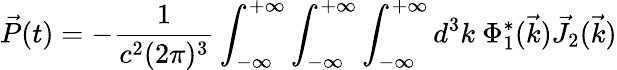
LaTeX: \vec{P}(t)=-\frac{1}{c^{2}(2\pi)^{3}}\int_{-\infty}^{+\infty}\int_{-\infty}^{+\infty}\int_{-\infty}^{+\infty}d^{3}k~\Phi_{1}^{*}(\vec{k})\vec{J}_{2}(\vec{k})